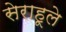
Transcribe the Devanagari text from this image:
सेराहूले